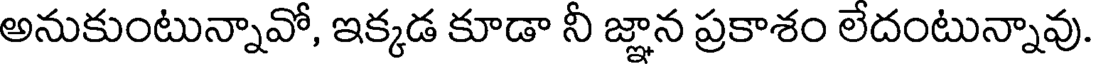
అనుకుంటున్నావో, ఇక్కడ కూడా నీ జ్ఞాన ప్రకాశం లేదంటున్నావు